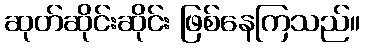
ဆုတ်ဆိုင်းဆိုင်း ဖြစ်နေကြသည်။